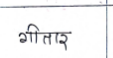
मजकूर: गीतार